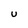
Character: U